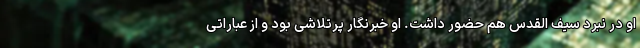
او در نبرد سیف القدس هم حضور داشت. او خبرنگار پرتلاشی بود و از عباراتی